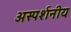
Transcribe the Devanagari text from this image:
अस्पर्शनीय